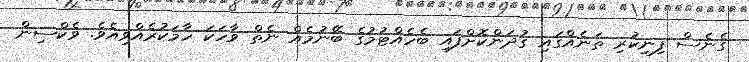
ގެނެސް ފިނިކުރި ތަނެއްގައި ގުދަންކޮށްފައި ބެހެއްޓުމުގެ ބޭނުމެއް ނެތް ވާހަކަ ހާމަކުރެއްވިއެވެ. ވެކްސިން